Proceedings of the meeting of veterinary officers in India
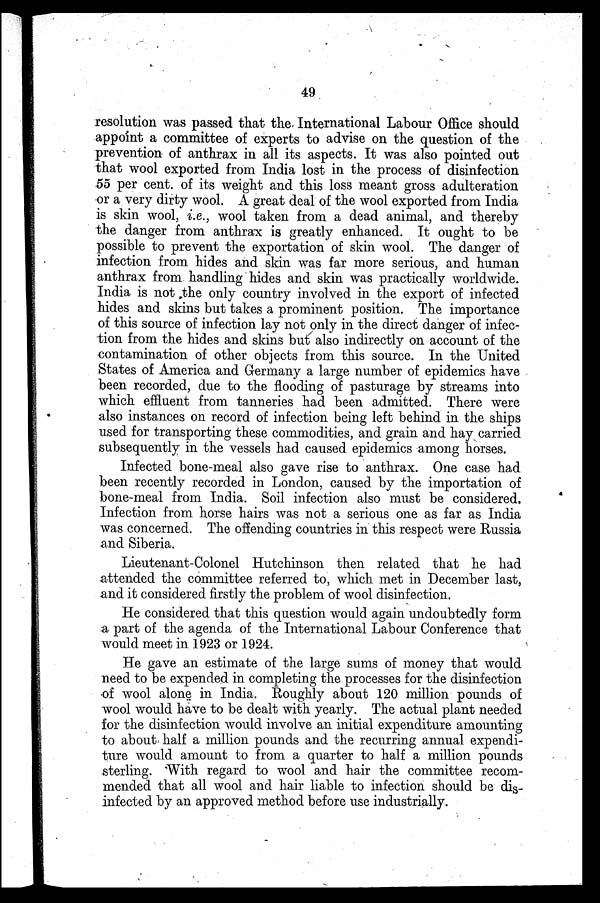
49
resolution was passed that the International Labour Office should
appoint a committee of experts to advise on the question of the
prevention of anthrax in all its aspects. It was also pointed out
that wool exported from India lost in the process of disinfection
55 per cent. of its weight and this loss meant gross adulteration
or a very dirty wool. A great deal of the wool exported from India
is skin wool, i.e., wool taken from a dead animal, and thereby
the danger from anthrax is greatly enhanced. It ought to be
possible to prevent the exportation of skin wool. The danger of
infection from hides and skin was far more serious, and human
anthrax from handling hides and skin was practically worldwide.
India is not the only country involved in the export of infected
hides and skins but takes a prominent position. The importance
of this source of infection lay not only in the direct danger of infec-
tion from the hides and skins but also indirectly on account of the
contamination of other objects from this source. In the United
States of America and Germany a large number of epidemics have
been recorded, due to the flooding of pasturage by streams into
which effluent from tanneries had been admitted. There were
also instances on record of infection being left behind in the ships
used for transporting these commodities, and grain and hay carried
subsequently in the vessels had caused epidemics among horses.
Infected bone-meal also gave rise to anthrax. One case had
been recently recorded in London, caused by the importation of
bone-meal from India. Soil infection also must be considered.
Infection from horse hairs was not a serious one as far as India
was concerned. The offending countries in this respect were Russia
and Siberia.
Lieutenant-Colonel Hutchinson then related that he had
attended the committee referred to, which met in December last,
and it considered firstly the problem of wool disinfection.
He considered that this question would again undoubtedly form
a part of the agenda of the International Labour Conference that
would meet in 1923 or 1924.
He gave an estimate of the large sums of money that would
need to be expended in completing the processes for the disinfection
of wool alone in India. Roughly about 120 million pounds of
wool would have to be dealt with yearly. The actual plant needed
for the disinfection would involve an initial expenditure amounting
to about half a million pounds and the recurring annual expendi-
ture would amount to from a quarter to half a million pounds
sterling. With regard to wool and hair the committee recom-
mended that all wool and hair liable to infection should be dis-
infected by an approved method before use industrially.